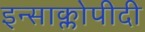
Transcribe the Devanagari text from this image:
इन्साक्लोपीदी